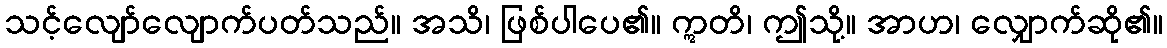
သင့်လျော်လျောက်ပတ်သည်။ အသိ၊ ဖြစ်ပါပေ၏။ ဣတိ၊ ဤသို့။ အာဟ၊ လျှောက်ဆို၏။